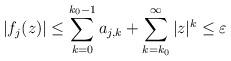
LaTeX: \begin{align*}|f_j(z)| \le \sum_{k=0}^{k_0-1} a_{j,k} + \sum_{k=k_0}^\infty |z|^k \le \varepsilon \end{align*}